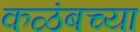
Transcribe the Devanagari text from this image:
कळंबच्या